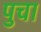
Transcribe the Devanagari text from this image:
पुचा